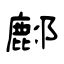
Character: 鄜